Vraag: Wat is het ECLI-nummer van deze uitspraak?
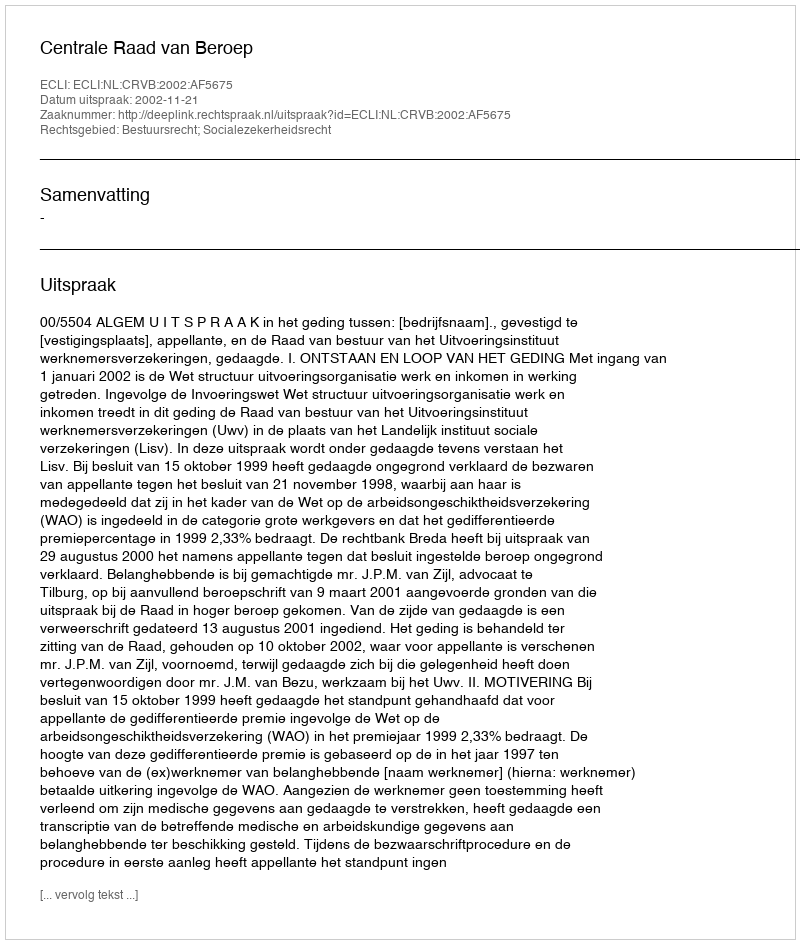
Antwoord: ECLI:NL:CRVB:2002:AF5675